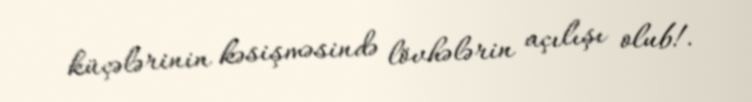
küçələrinin kəsişməsində lövhələrin açılışı olub!.